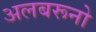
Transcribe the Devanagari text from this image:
अलबरूनो